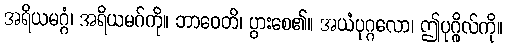
အရိယမဂ္ဂံ၊ အရိယမဂ်ကို။ ဘာဝေတိ၊ ပွားစေ၏။ အယံပုဂ္ဂလော၊ ဤပုဂ္ဂိုလ်ကို။